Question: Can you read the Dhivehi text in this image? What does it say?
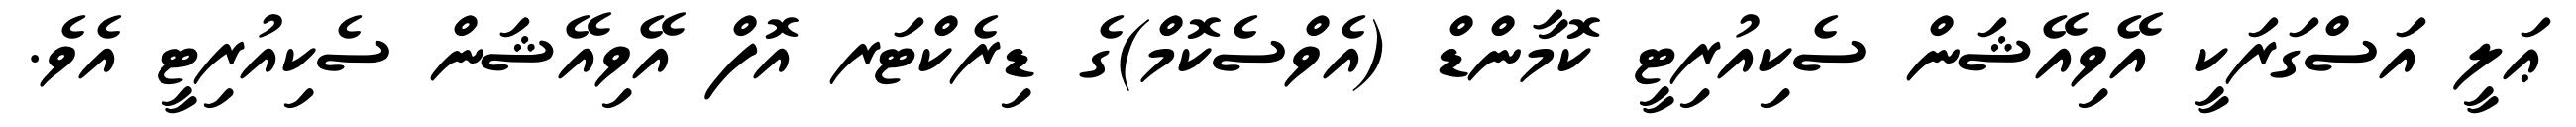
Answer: ޢަލީ އަސްގަރަކީ އޭވިއޭޝަން ސެކިއުރިޓީ ކޮމާންޑް (އެވްސެކޮމް)ގެ ޑިރެކްޓަރ އޮފް އޭވިއޭޝަން ސެކިއުރިޓީ އެވެ.